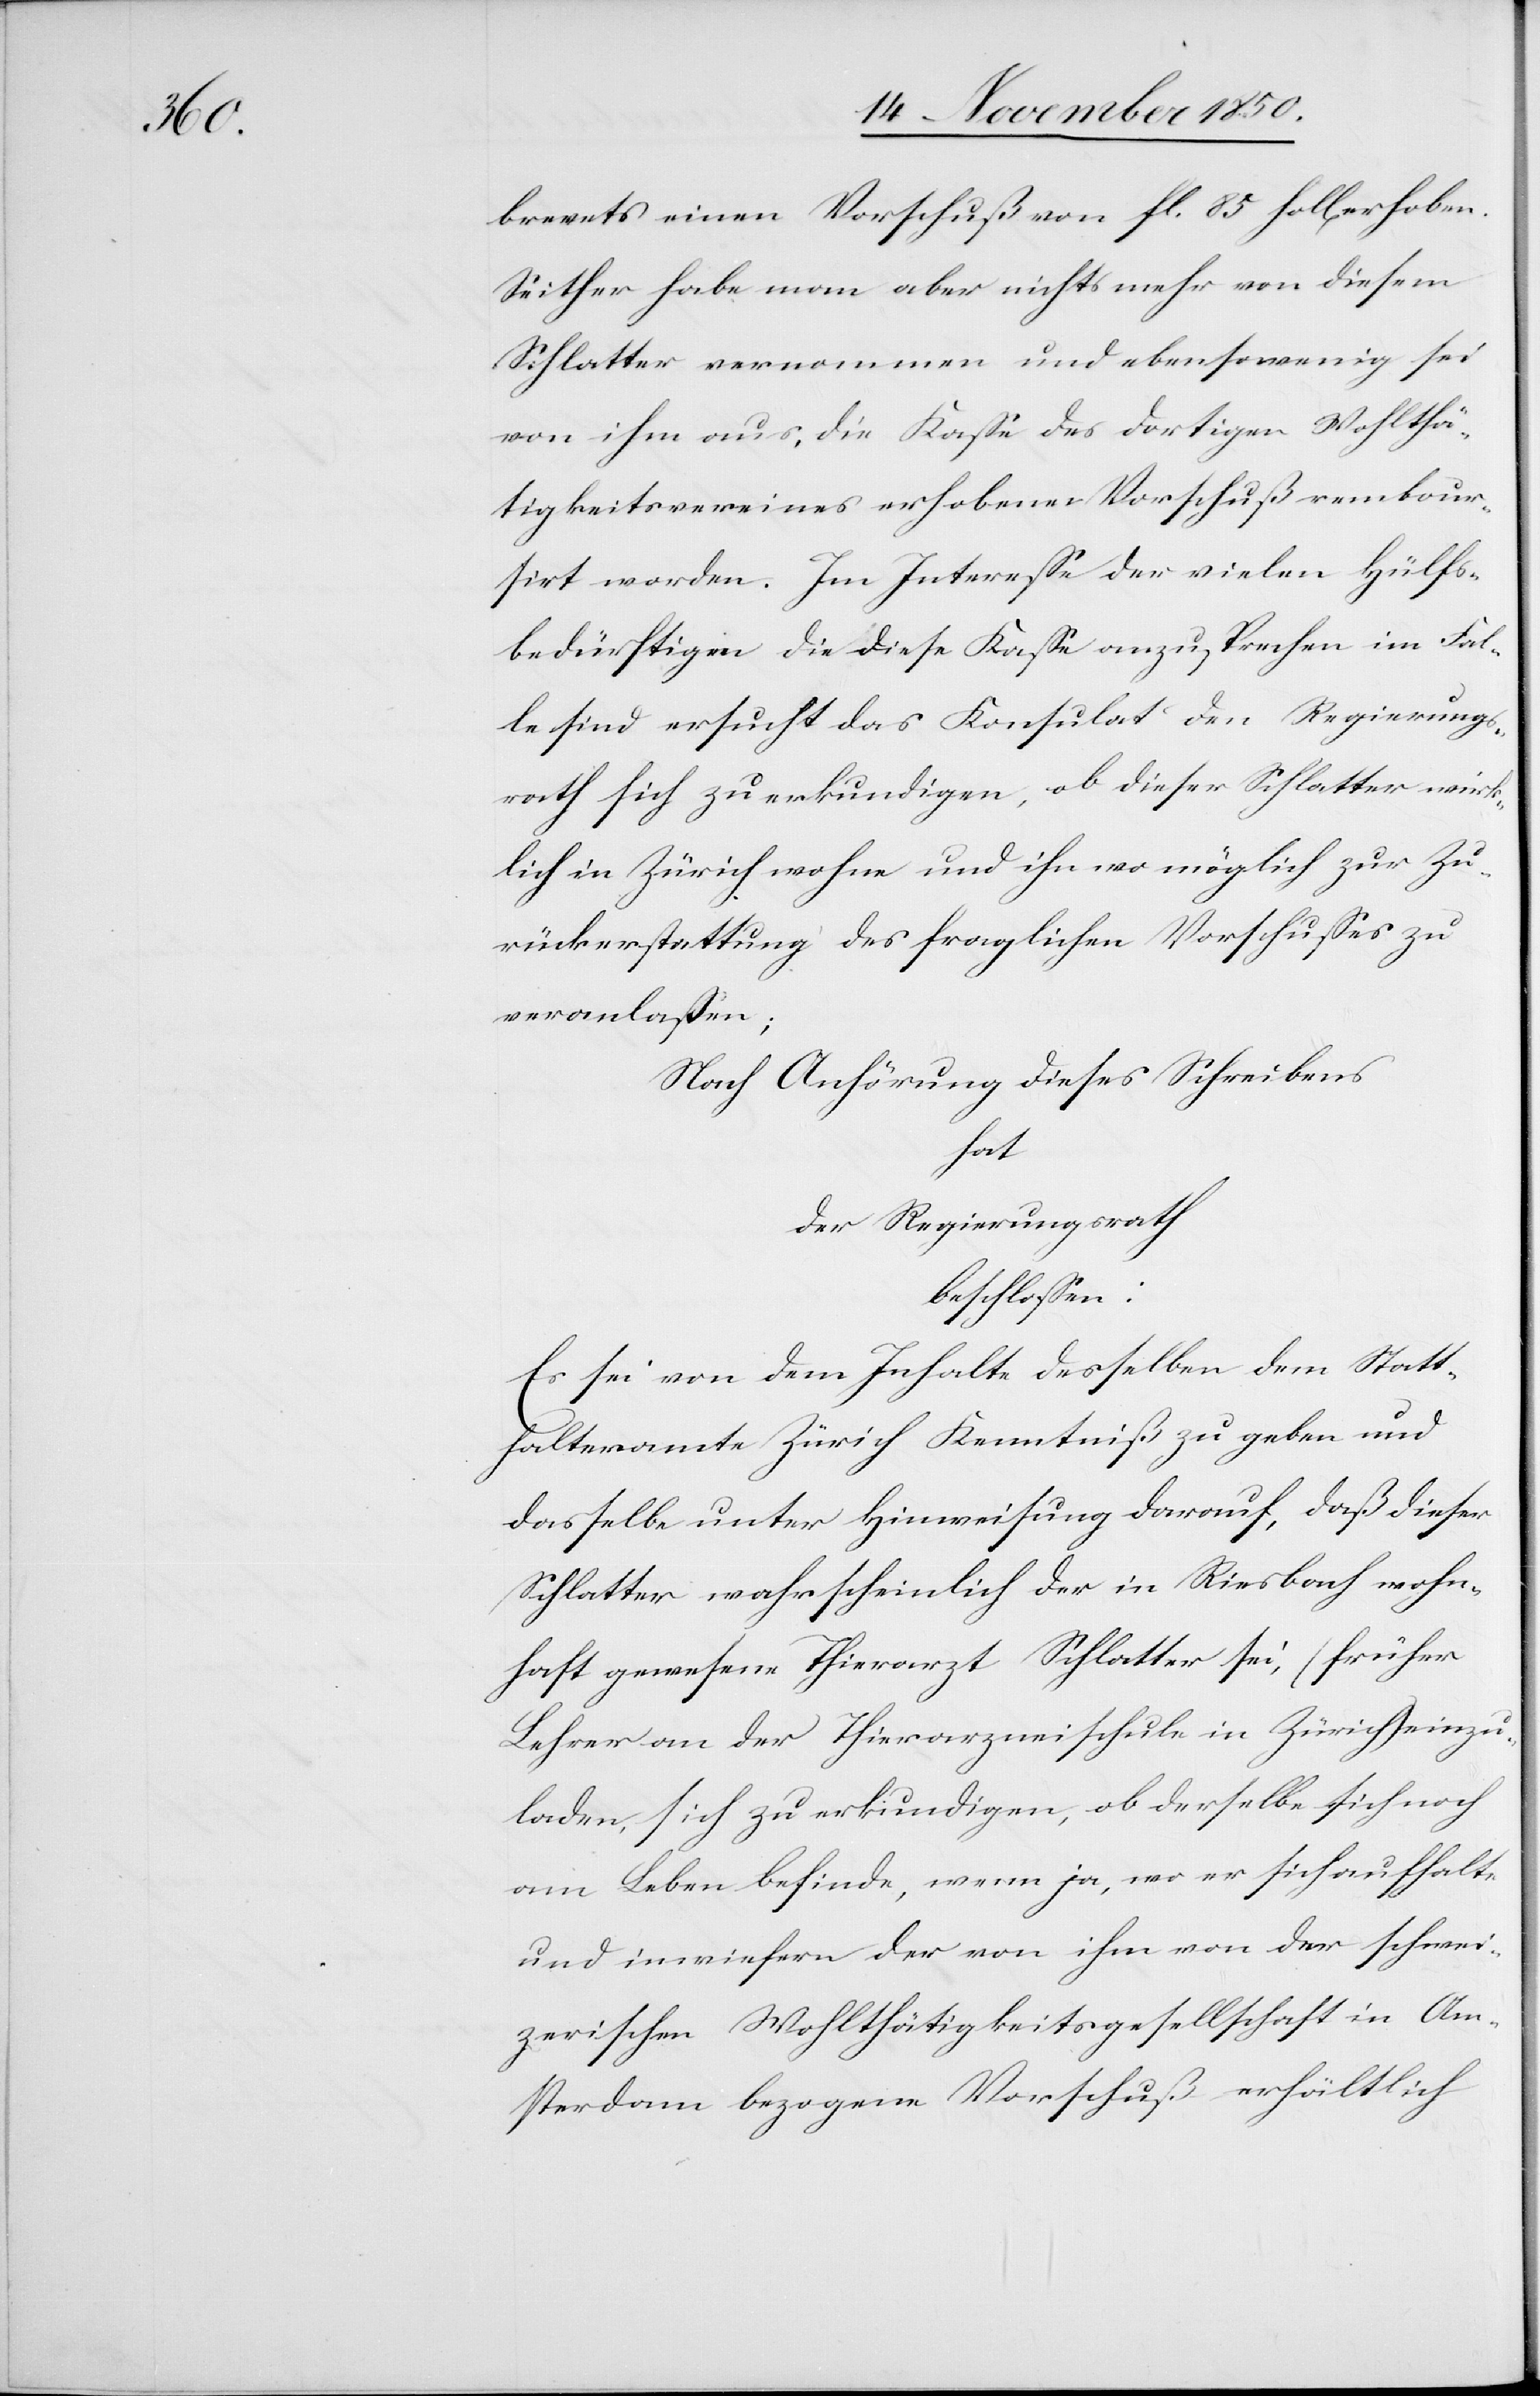
brevets einen Vorschuß von fl. 85 holl[ändisch]
Seither habe man aber nichts mehr von diesem
Schlatter vernommen und ebensowenig sei
von ihm aus, [an] die Kasse des dortigen Wohlthä¬
tigkeitsvereines [der] erhobene Vorschuß rembour¬
sirt worden. Im Interesse der vielen Hülfs¬
bedürftigen die diese Kasse anzusprechen im Fal¬
le sind ersucht das Konsulat den Regierungs¬
rath sich zu erkundigen, ob dieser Schlatter würk¬
lich in Zürich wohne und ihn wo möglich zur Zu¬
rückerstattung des fraglichen Vorschusses zu
veranlassen;
Nach Anhörung dieses Schreibens
hat
der Regierungsrath
beschlossen:
Es sei von dem Inhalte desselben dem Statt¬
halteramte Zürich Kenntniß zu geben und
dasselbe unter Hinweisung darauf, daß dieser
Schlatter wahrscheinlich der in Riesbach wohn¬
haft gewesene Thierarzt Schlatter sei, (früher
Lehrer an der Thierarzneischule in Zürich) einzu¬
laden, sich zu erkundigen, ob derselbe sich noch
am Leben befinde, wenn ja, wo er sich aufhalte
und inwiefern der von ihm von der schwei¬
zerischen Wohlthätigkeitsgesellschaft in Am¬
sterdam bezogene Vorschuß erhältlich